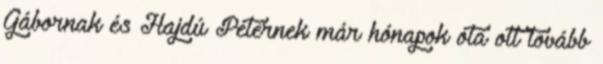
Gábornak és Hajdú Péternek már hónapok óta ott tovább